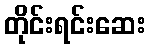
တိုင်းရင်းဆေး